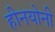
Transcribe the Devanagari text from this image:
हीनयोनी